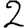
Digit: 2